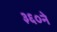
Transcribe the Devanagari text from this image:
३६०ने